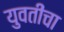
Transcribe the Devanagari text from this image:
युवतींचा